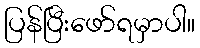
ပြန်ပြီးဖော်ရမှာပါ။